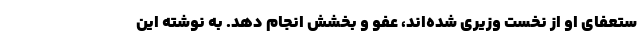
ستعفای او از نخست وزیری شده‌اند، عفو و بخشش انجام دهد. به نوشته این